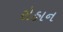
રોહાન